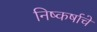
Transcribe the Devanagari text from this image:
निष्कर्षाचे